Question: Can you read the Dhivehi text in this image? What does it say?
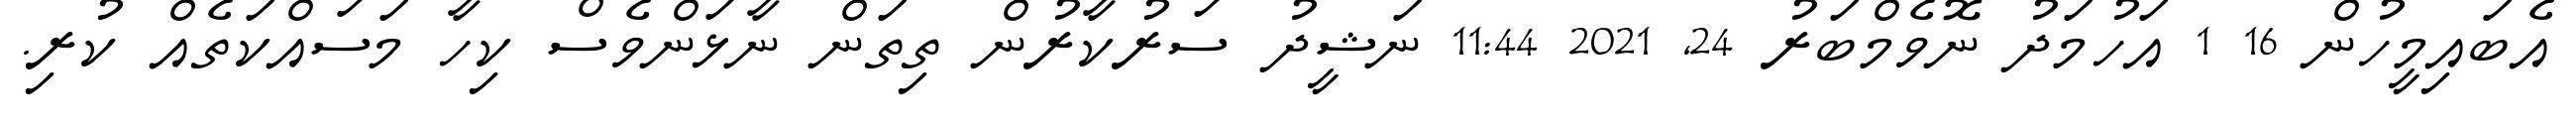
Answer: އެބައިމީހުން 16 1 އަހުމަދު ނޮވެމްބަރު 24, 2021 11:44 ނަޝީދު ސަރުކާރުން ތިތަން ނާޅަންވެސް ކިހާ މަސައްކަތެއް ކުރި.